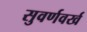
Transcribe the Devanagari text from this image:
सुवर्णवर्ख